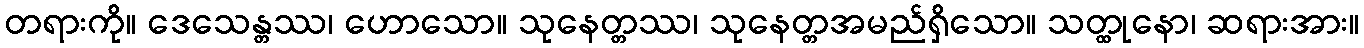
တရားကို။ ဒေသေန္တဿ၊ ဟောသော။ သုနေတ္တဿ၊ သုနေတ္တအမည်ရှိသော။ သတ္ထုနော၊ ဆရားအား။